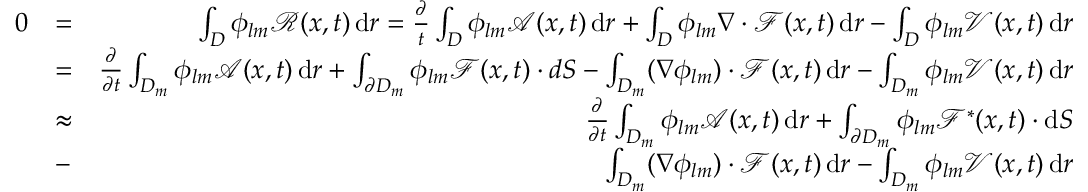
\begin{array} { r l r } { 0 } & { = } & { \int _ { D } \phi _ { l m } \mathcal { R } ( x , t ) \, \mathrm { d } r = \frac { \partial } { t } \int _ { D } \phi _ { l m } \mathcal { A } ( x , t ) \, \mathrm { d } r + \int _ { D } \phi _ { l m } \nabla \cdot \mathcal { F } ( x , t ) \, \mathrm { d } r - \int _ { D } \phi _ { l m } \mathcal { V } ( x , t ) \, \mathrm { d } r } \\ & { = } & { \frac { \partial } { \partial t } \int _ { D _ { m } } \phi _ { l m } \mathcal { A } ( x , t ) \, \mathrm { d } r + \int _ { \partial D _ { m } } \phi _ { l m } \mathcal { F } ( x , t ) \cdot d S - \int _ { D _ { m } } ( \nabla \phi _ { l m } ) \cdot \mathcal { F } ( x , t ) \, \mathrm { d } r - \int _ { D _ { m } } \phi _ { l m } \mathcal { V } ( x , t ) \, \mathrm { d } r } \\ & { \approx } & { \frac { \partial } { \partial t } \int _ { D _ { m } } \phi _ { l m } \mathcal { A } ( x , t ) \, \mathrm { d } r + \int _ { \partial D _ { m } } \phi _ { l m } \mathcal { F } ^ { * } ( x , t ) \cdot \mathrm { d } S } \\ & { - } & { \int _ { D _ { m } } ( \nabla \phi _ { l m } ) \cdot \mathcal { F } ( x , t ) \, \mathrm { d } r - \int _ { D _ { m } } \phi _ { l m } \mathcal { V } ( x , t ) \, \mathrm { d } r } \end{array}